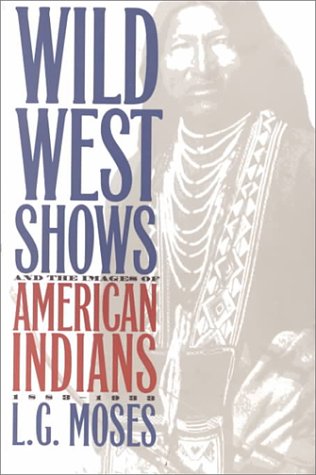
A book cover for Wild West Shows and the Images of American Indians, 1883-1933; L. G. Moses; Sports & Outdoors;